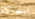
المحاكاة